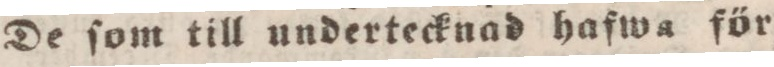
De ſom till undertecknad hafwa för